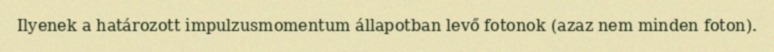
Ilyenek a határozott impulzusmomentum állapotban levő fotonok (azaz nem minden foton).